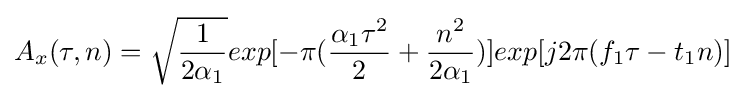
A_{x}(\tau ,n)={\sqrt {\frac {1}{2\alpha _{1}}}}exp[-\pi ({\frac {\alpha _{1}\tau ^{2}}{2}}+{\frac {n^{2}}{2\alpha _{1}}})]exp[j2\pi (f_{1}\tau -t_{1}n)]